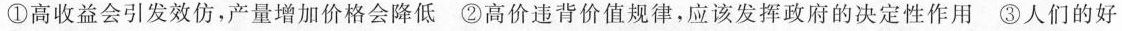
①高收益会引发效仿，产量增加价格会降低②高价违背价值规律，应该发挥政府的决定性作用③人们的好